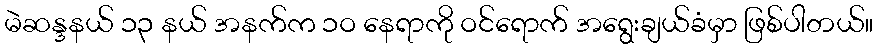
မဲဆန္ဒနယ် ၁၃ နယ် အနက်က ၁ဝ နေရာကို ဝင်ရောက် အရွေးချယ်ခံမှာ ဖြစ်ပါတယ်။